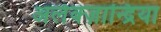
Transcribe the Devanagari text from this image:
अलेक्ज़ान्द्रिया